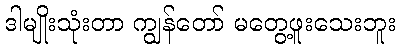
ဒါမျိုးသုံးတာ ကျွန်တော် မတွေ့ဖူးသေးဘူး